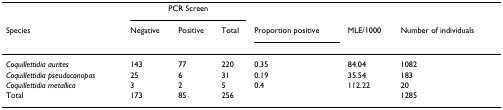
|  | <COLSPAN=3> PCR Screen |  |  |  |
 | Species | Negative | Positive | Total | Proportion positive | MLE/1000 | Number of individuals |
 | --- | --- | --- | --- | --- | --- | --- |
 | Coquillettidia aurites | 143 | 77 | 220 | 0.35 | 84.04 | 1082 |
 | Coquillettidia pseudoconopas | 25 | 6 | 31 | 0.19 | 35.54 | 183 |
 | Coquillettidia metallica | 3 | 2 | 5 | 0.4 | 112.22 | 20 |
 | Total | 173 | 85 | 256 |  |  | 1285 |